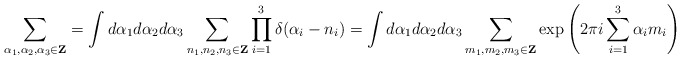
\begin{align*}\sum_{\alpha_{1},\alpha_{2},\alpha_{3}\in{\bf Z}}=\int d\alpha_{1}d\alpha_{2}d\alpha_{3}\sum_{n_{1},n_{2},n_{3}\in{\bf Z}}\prod_{i=1}^{3}\delta(\alpha_{i}-n_{i})=\int d\alpha_{1}d\alpha_{2}d\alpha_{3}\sum_{m_{1},m_{2},m_{3}\in{\bf Z}}\exp\left(2\pi i\sum_{i=1}^{3}\alpha_{i}m_{i}\right)\end{align*}